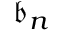
{ \mathfrak { b } } _ { n }